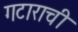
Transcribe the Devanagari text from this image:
गटाराची